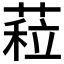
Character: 𦷏